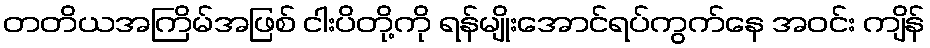
တတိယအကြိမ်အဖြစ် ငါးပိတို့ကို ရန်မျိုးအောင်ရပ်ကွက်နေ အဝင်း ကျိန်